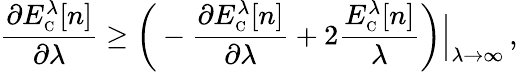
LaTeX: \frac{\partial E_{\scriptscriptstyle\mathrm{C}}^{\lambda}[n]}{\partial\lambda}\geq\bigg(-\frac{\partial E_{\scriptscriptstyle\mathrm{C}}^{\lambda}[n]}{\partial\lambda}+2\frac{E_{\scriptscriptstyle\mathrm{C}}^{\lambda}[n]}{\lambda}\bigg)\Bigr|_{\lambda\to\infty}\, ,